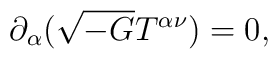
\partial_{\alpha}(\sqrt{-G}T^{\alpha\nu})=0,